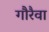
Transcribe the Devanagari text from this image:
गौरैवा